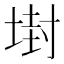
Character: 𡎈